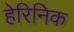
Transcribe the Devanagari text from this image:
हेरिनिक